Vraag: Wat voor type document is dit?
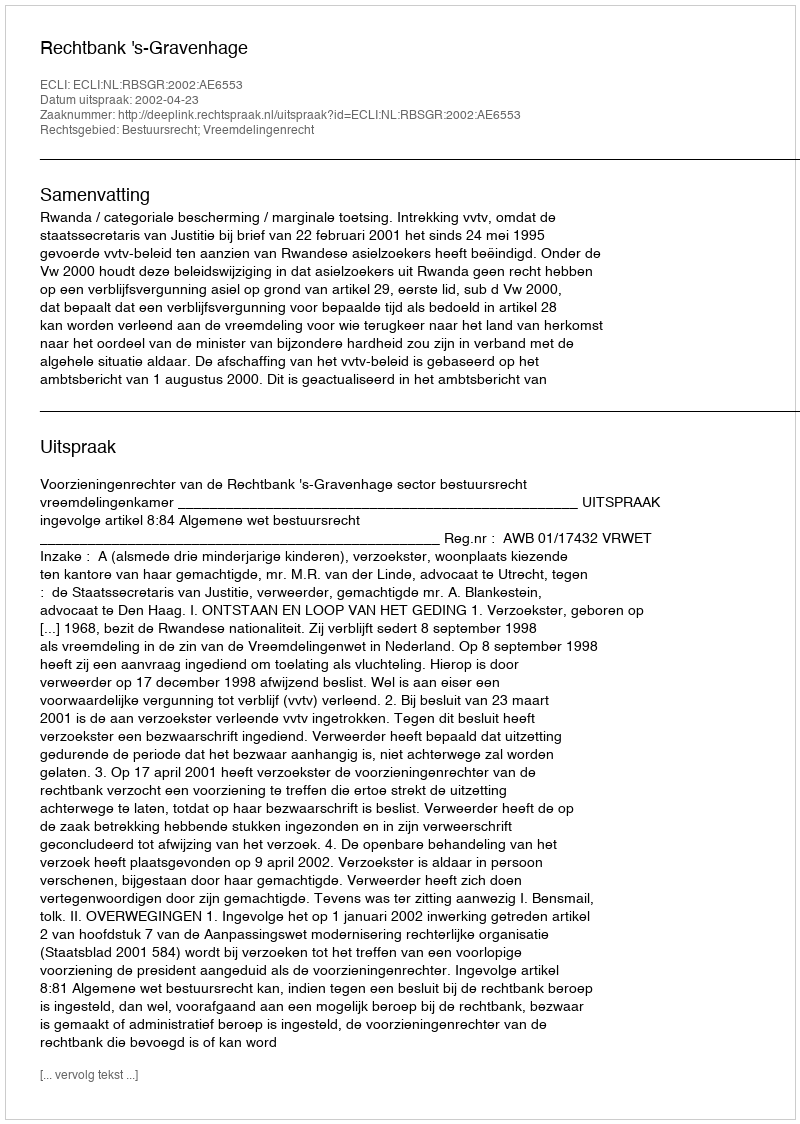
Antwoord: Uitspraak